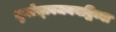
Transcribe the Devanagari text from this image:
भृगोस्त्वजनयद्विव्या